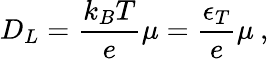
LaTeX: D_{L}=\frac{k_{B}T}{e}\mu=\frac{\epsilon_{T}}{e}\mu\: ,